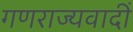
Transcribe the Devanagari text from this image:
गणराज्यवादीं